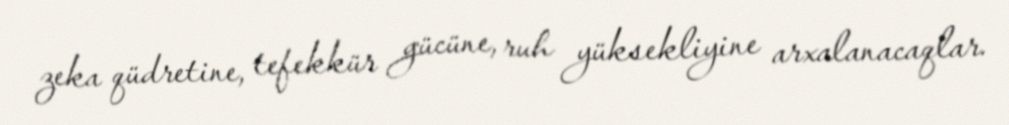
zeka qüdretine, tefekkür gücüne, ruh yüksekliyine arxalanacaqlar.